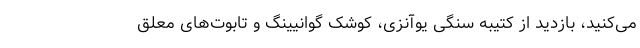
می‌کنید، بازدید از کتیبه سنگی یوآنزی، کوشک گوانیینگ و تابوت‌های معلق